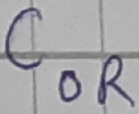
Text: COR